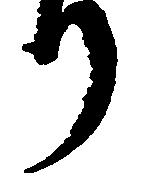
り